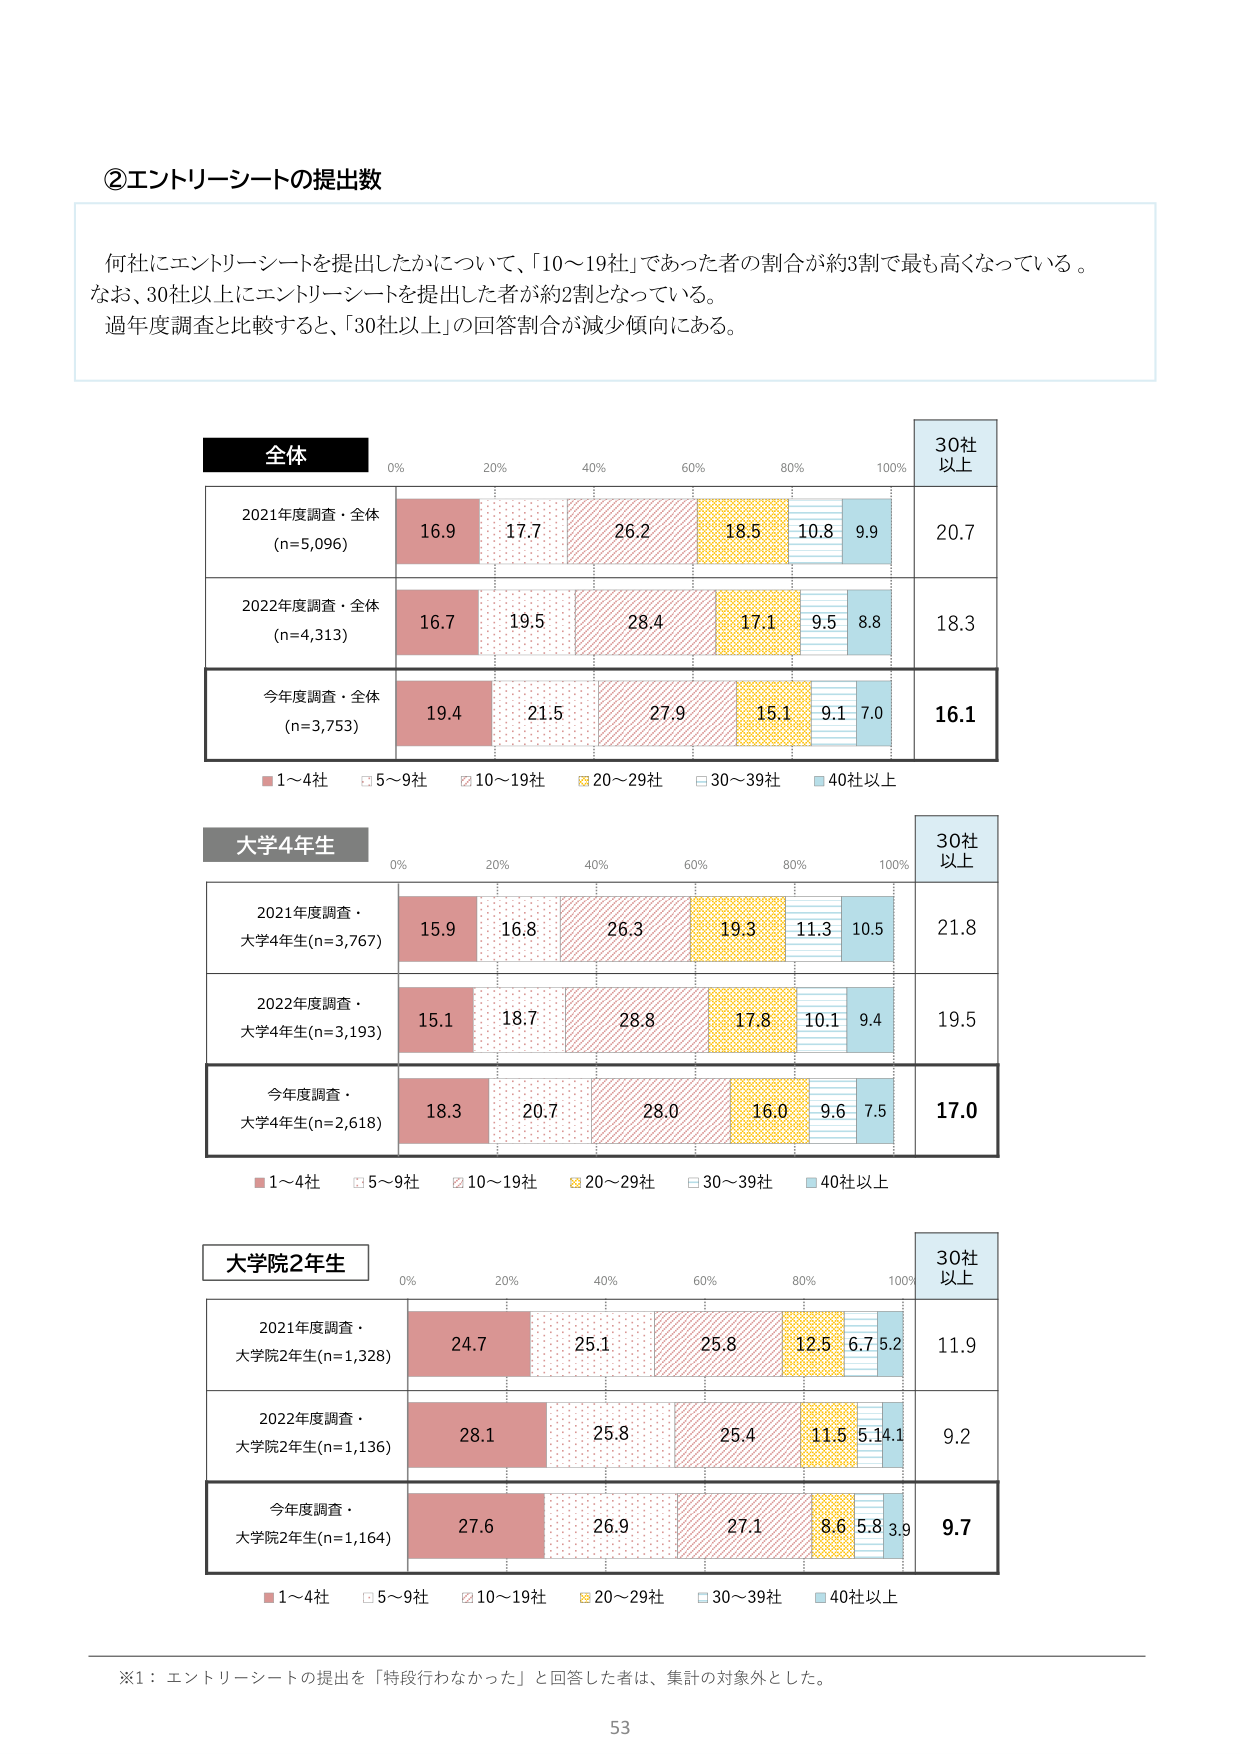
②エントリーシートの提出数

何社にエントリーシートを提出したかについて、「10～19社」であった者の割合が約3割で最も高くなっている。
なお、30社以上にエントリーシートを提出した者が約2割となっている。
過年度調査と比較すると、「30社以上」の回答割合が減少傾向にある。

全体
0% 20% 40% 60% 80% 100%
30社以上

2021年度調査・全体 (n=5,096)
16.9 17.7 26.2 18.5 10.8 9.9 20.7

2022年度調査・全体 (n=4,313)
16.7 19.5 28.4 17.1 9.5 8.8 18.3

今年度調査・全体 (n=3,753)
19.4 21.5 27.9 15.1 9.1 7.0 16.1

■1～4社 □5～9社 □10～19社 □20～29社 □30～39社 ■40社以上

大学4年生
0% 20% 40% 60% 80% 100%
30社以上

2021年度調査・大学4年生(n=3,767)
15.9 16.8 26.3 19.3 11.3 10.5 21.8

2022年度調査・大学4年生(n=3,193)
15.1 18.7 28.8 17.8 10.1 9.4 19.5

今年度調査・大学4年生(n=2,618)
18.3 20.7 28.0 16.0 9.6 7.5 17.0

■1～4社 □5～9社 □10～19社 □20～29社 □30～39社 ■40社以上

大学院2年生
0% 20% 40% 60% 80% 100%
30社以上

2021年度調査・大学院2年生(n=1,328)
24.7 25.1 25.8 12.5 6.7 5.2 11.9

2022年度調査・大学院2年生(n=1,136)
28.1 25.8 25.4 11.5 5.1 4.1 9.2

今年度調査・大学院2年生(n=1,164)
27.6 26.9 27.1 8.6 5.8 3.9 9.7

■1～4社 □5～9社 □10～19社 □20～29社 □30～39社 ■40社以上

※1：エントリーシートの提出を「特段行わなかった」と回答した者は、集計の対象外とした。

53